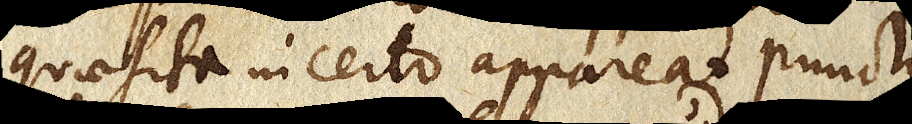
quaesita in certo appareat puncto